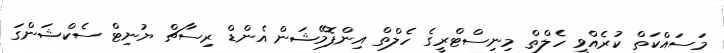
މަސައްކަތް ކުރެއްވީ ހެލްތް މިނިސްޓްރީގެ ހެލްތް އިންފޮމޭޝަން އެންޑް ރިސާޗް ޔުނިޓް ސެކްޝަންގަ